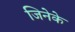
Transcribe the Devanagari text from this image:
जिनेके